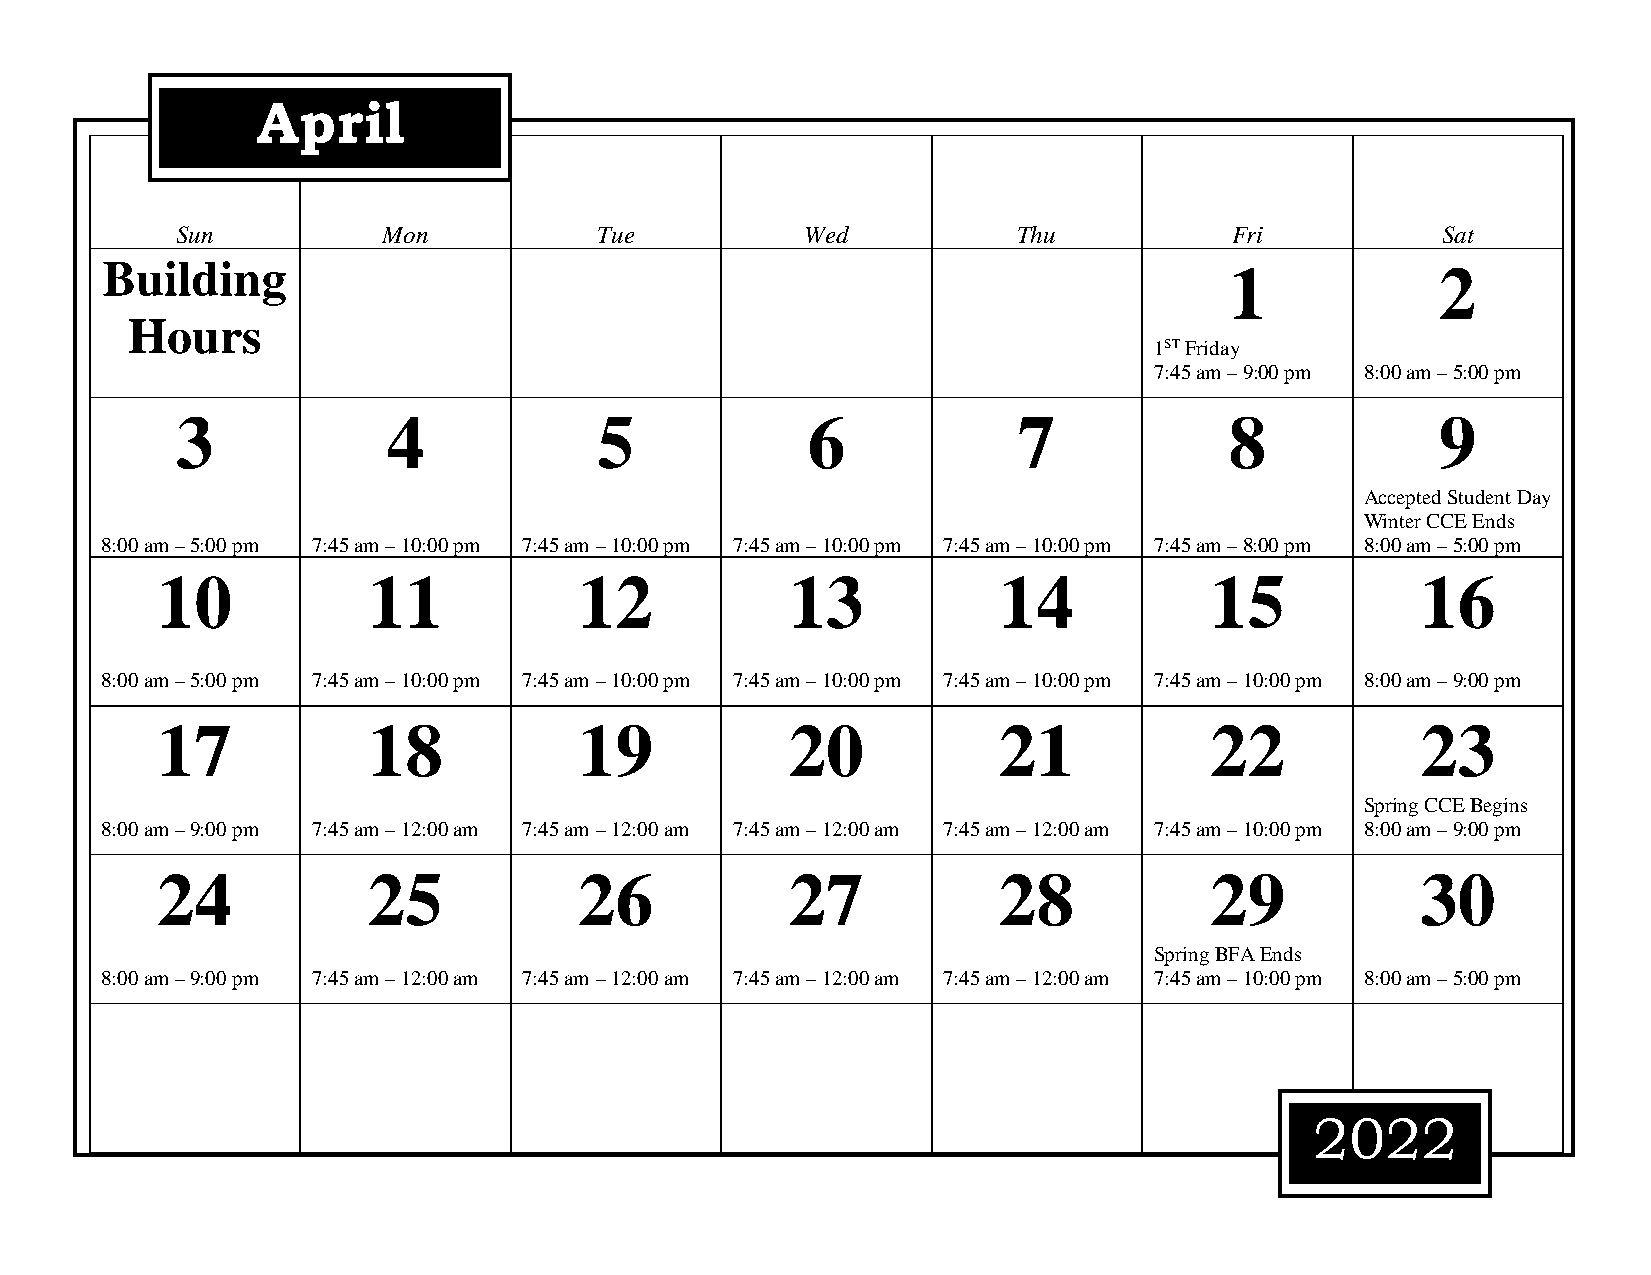
April
 Sun          Mon            Tue          Wed           Thu           Fri           Sat
 Building                                                                  1             2
 Hours
 1ST Friday
 7:45 am – 9:00 pm 8:00 am – 5:00 pm
 3             4             5            6             7             8             9
 Accepted Student Day
 Winter CCE Ends
 8:00 am – 5:00 pm 7:45 am – 10:00 pm 7:45 am – 10:00 pm 7:45 am – 10:00 pm 7:45 am – 10:00 pm 7:45 am – 8:00 pm 8:00 am – 5:00 pm
 10            11            12            13            14            15            16
 8:00 am – 5:00 pm 7:45 am – 10:00 pm 7:45 am – 10:00 pm 7:45 am – 10:00 pm 7:45 am – 10:00 pm 7:45 am – 10:00 pm 8:00 am – 9:00 pm
 17            18            19            20            21            22            23
 Spring CCE Begins
 8:00 am – 9:00 pm 7:45 am – 12:00 am 7:45 am – 12:00 am 7:45 am – 12:00 am 7:45 am – 12:00 am 7:45 am – 10:00 pm 8:00 am – 9:00 pm
 24            25            26            27            28            29            30
 Spring BFA Ends
 8:00 am – 9:00 pm 7:45 am – 12:00 am 7:45 am – 12:00 am 7:45 am – 12:00 am 7:45 am – 12:00 am 7:45 am – 10:00 pm 8:00 am – 5:00 pm
 2022